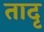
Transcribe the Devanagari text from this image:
तादृ